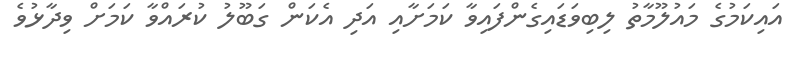
އައިކަމުގެ މައުލޫމާތު ލިބިވަޑައިގެންފައިވާ ކަމަށާއި އަދި އެކަން ގަބޫލު ކުރައްވާ ކަމަށް ވިދާޅުވެ